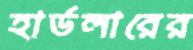
হার্ডলারের